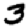
Digit: 3